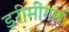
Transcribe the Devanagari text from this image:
ड्रीमीगर्ल